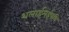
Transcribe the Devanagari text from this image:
थलाईमईपथि